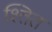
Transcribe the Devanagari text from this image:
श्तित